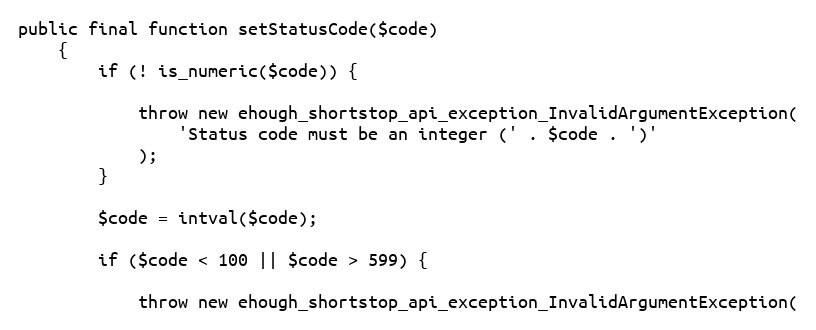
Language: PHP
public final function setStatusCode($code)
    {
        if (! is_numeric($code)) {

            throw new ehough_shortstop_api_exception_InvalidArgumentException(
                'Status code must be an integer (' . $code . ')'
            );
        }

        $code = intval($code);

        if ($code < 100 || $code > 599) {

            throw new ehough_shortstop_api_exception_InvalidArgumentException(